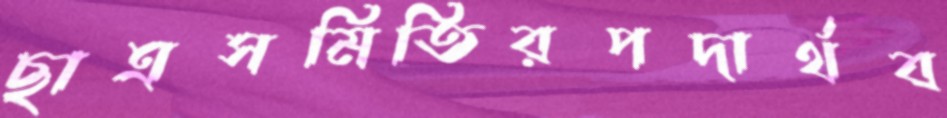
ছাত্রসমিতিরপদার্থব